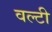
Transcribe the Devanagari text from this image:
वल्टी